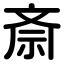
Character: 斎